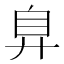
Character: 𢍂